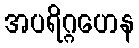
အပရိဂ္ဂဟေန